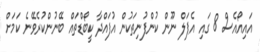
އައިއޯއެސް 8 ގައި އެޕަލް ނޫން ކުންފުނިތަކުން އުފައްދާ ކީބޯޑްތައް ބޭނުންކުރެވޭނެ ކަމަށް